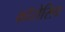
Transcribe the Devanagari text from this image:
काॅरोसिव